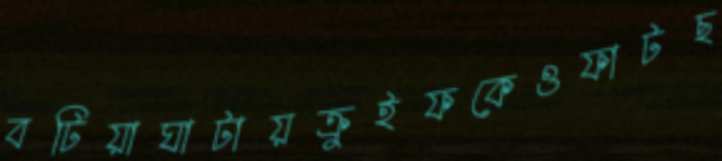
বটিয়াঘাটায়ক্রুইফকেওফাটছ